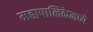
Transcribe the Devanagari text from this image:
महापालिकेमध्ये